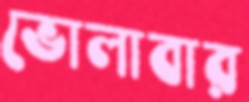
ভোলাবার